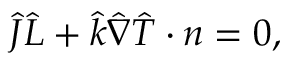
\hat { J } \hat { L } + \hat { k } \hat { \nabla } \hat { T } \cdot \boldsymbol { n } = 0 ,